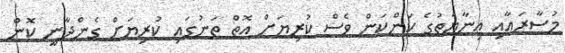
މުސާރައާއި ޢިނާޔަތުގެ ކަންކަން ވެސް ކުރިޔަށް އޮތް ތަނުގައި ކުރިޔަށް ގެންދާނީ ކޮން